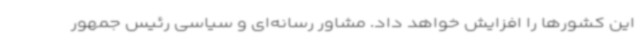
این کشورها را افزایش خواهد داد. مشاور رسانه‌ای و سیاسی رئیس جمهور